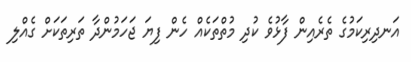
އަނދިރިކަމުގެ ތެރެއިން ފާޅުވެ ކުދި މުތްތަކެއް ހެން ފިޔަ ޖަހަމުންދާ ތަރިތަކަށް ގެއްލި